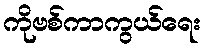
ကိုဗစ်ကာကွယ်ရေး